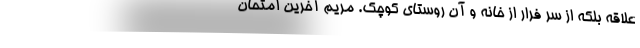
علاقه بلکه از سر فرار از خانه و آن روستای کوچک. مریم آخرین امتحان